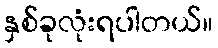
နှစ်ခုလုံးရပါတယ်။